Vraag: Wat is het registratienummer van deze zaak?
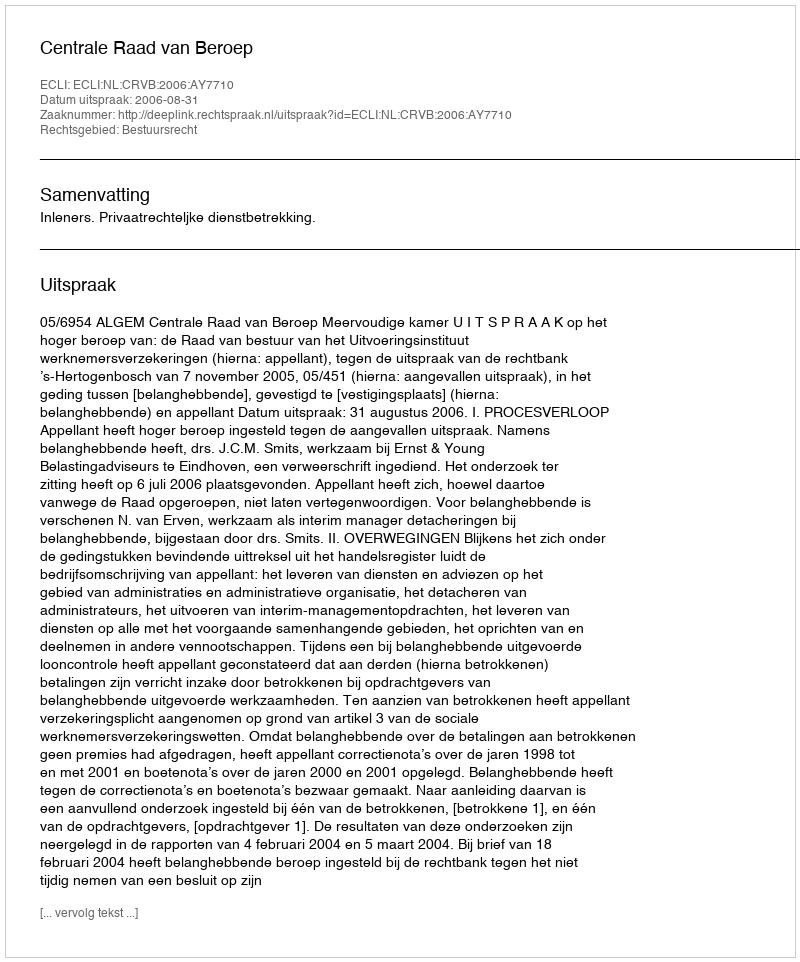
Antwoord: http://deeplink.rechtspraak.nl/uitspraak?id=ECLI:NL:CRVB:2006:AY7710